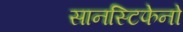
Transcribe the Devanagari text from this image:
सानस्टिफेनो